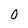
Character: 0